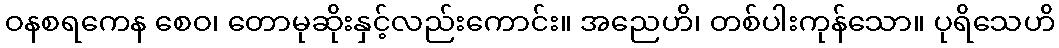
ဝနစရကေန စေဝ၊ တောမုဆိုးနှင့်လည်းကောင်း။ အညေဟိ၊ တစ်ပါးကုန်သော။ ပုရိသေဟိ